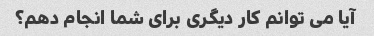
آیا می توانم کار دیگری برای شما انجام دهم؟